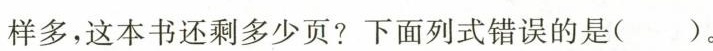
样多，这本书还剩多少页?下面列式错误的是()。